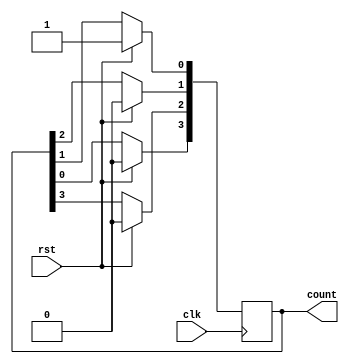
module counter(rst,count,clk);
parameter WIDTH=4;
input clk, rst;
integer i;
output reg [WIDTH-1:0]count;
 always@(posedge clk)begin 
	if(rst) count=4'b0001;
	else begin
	//	count[WIDTH-1]=count[0];//c[3]=1 // 0100
		for( i=0;i<WIDTH-1;i=i+1)begin //c[0]= c1 = 0 c[1]=c[2]=0 c[2]=c[3] = 0// 0000
		count[i]<=count[i+1];
		count[WIDTH-1]<=count[0];//c[3]=1 // 0100
		end
	//	count[WIDTH-1]<=count[0];//c[3]=1 // 0100
			//count<=count<<1;
			//count[0]=count[7];
			//count=count<<1;
	end
 end
 endmodule